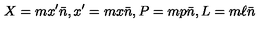
X = m x ^ { \prime } \bar { n } , x ^ { \prime } = m x \bar { n } , P = m p \bar { n } , L = m \ell \bar { n }